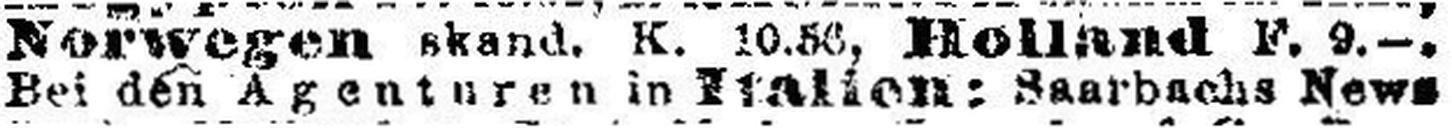
Bei den Agenturen in Italien: Saarbachs News